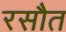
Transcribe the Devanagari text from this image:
रसौत